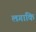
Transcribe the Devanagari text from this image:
लगाकि